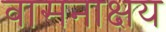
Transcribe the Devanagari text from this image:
वासनाक्षय